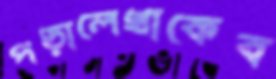
পড়ালেখাকেব